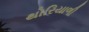
થોરિયાળી